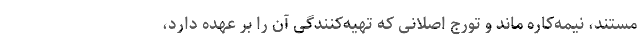
مستند، نیمه‌کاره ماند و تورج اصلانی که تهیه‌کنندگی آن را بر عهده دارد،